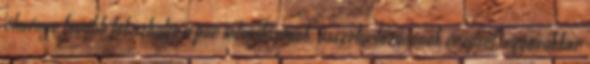
élménye tovább fokozhatja a pár intimitásának, összetartozásának érzését, ugyanakkor